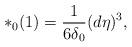
LaTeX: \begin{align*} *_0 (1) = \frac{1}{ 6 \delta_0} (d \eta)^3,\end{align*}